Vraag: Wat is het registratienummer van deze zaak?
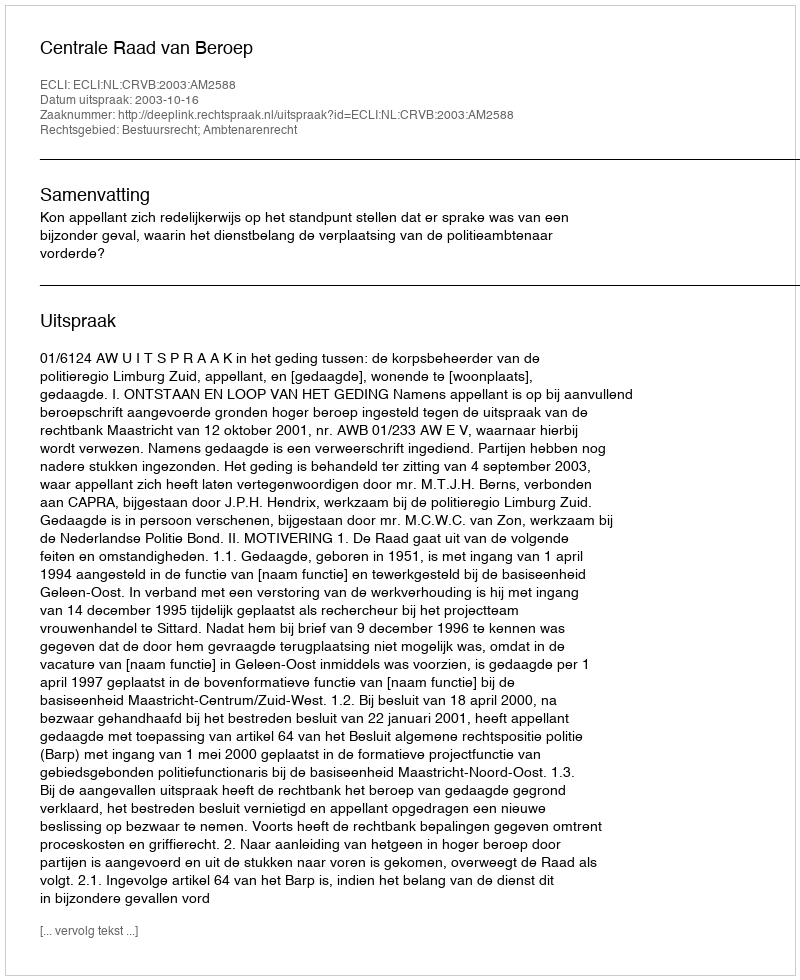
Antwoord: http://deeplink.rechtspraak.nl/uitspraak?id=ECLI:NL:CRVB:2003:AM2588